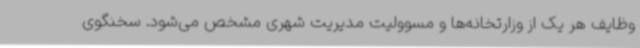
وظایف هر یک از وزارتخانه‌ها و مسوولیت مدیریت شهری مشخص می‌شود. سخنگوی